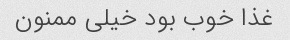
غذا خوب بود خیلی ممنون